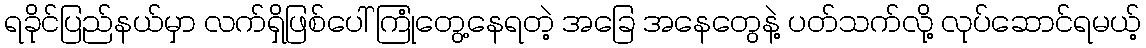
ရခိုင်ပြည်နယ်မှာ လက်ရှိဖြစ်ပေါ် ကြုံတွေ့နေရတဲ့ အခြေ အနေတွေနဲ့ ပတ်သက်လို့ လုပ်ဆောင်ရမယ့်